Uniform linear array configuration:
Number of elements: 12
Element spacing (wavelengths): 0.25
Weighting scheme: uniform
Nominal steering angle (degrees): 30
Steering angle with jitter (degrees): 29.048
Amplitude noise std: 0.05
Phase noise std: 0.05

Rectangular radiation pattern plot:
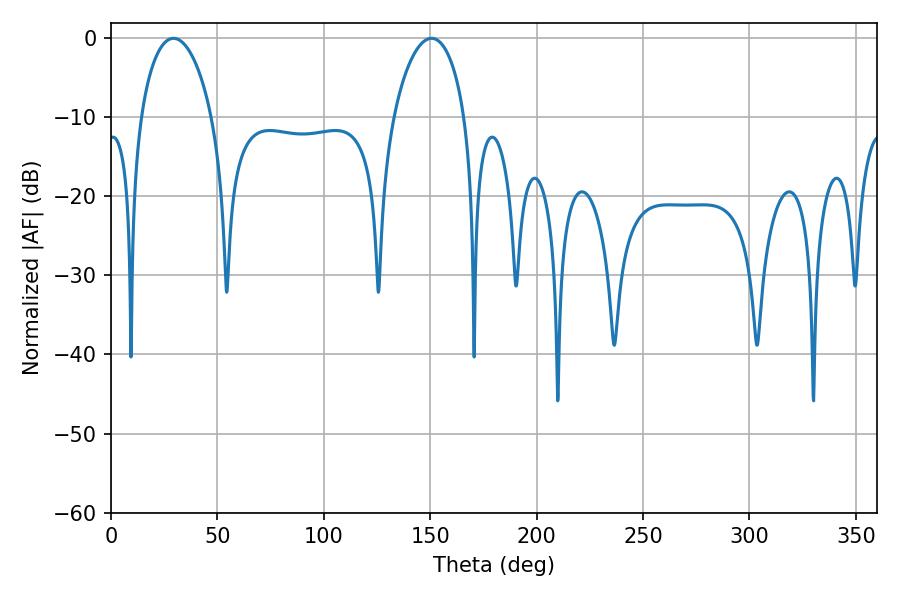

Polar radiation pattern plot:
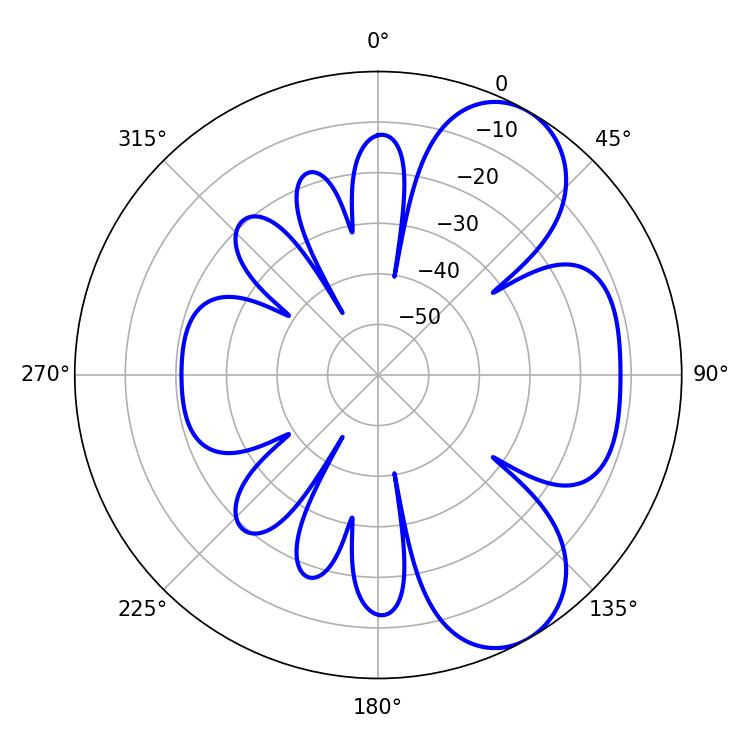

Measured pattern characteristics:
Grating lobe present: FALSE
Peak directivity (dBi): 7.052
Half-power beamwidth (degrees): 19.26
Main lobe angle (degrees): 29.34